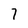
Character: 7